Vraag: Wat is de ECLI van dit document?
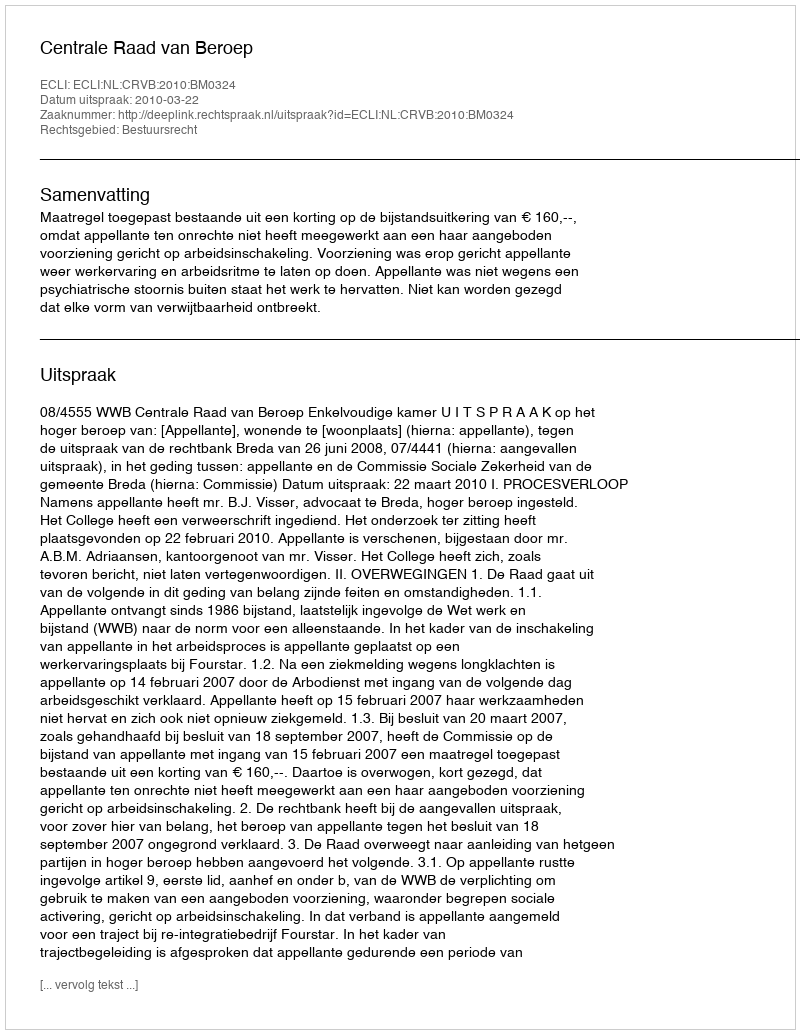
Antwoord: ECLI:NL:CRVB:2010:BM0324